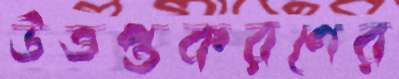
উত্তপ্তকরণের